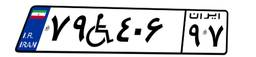
۷۹W۴۰۶۹۷